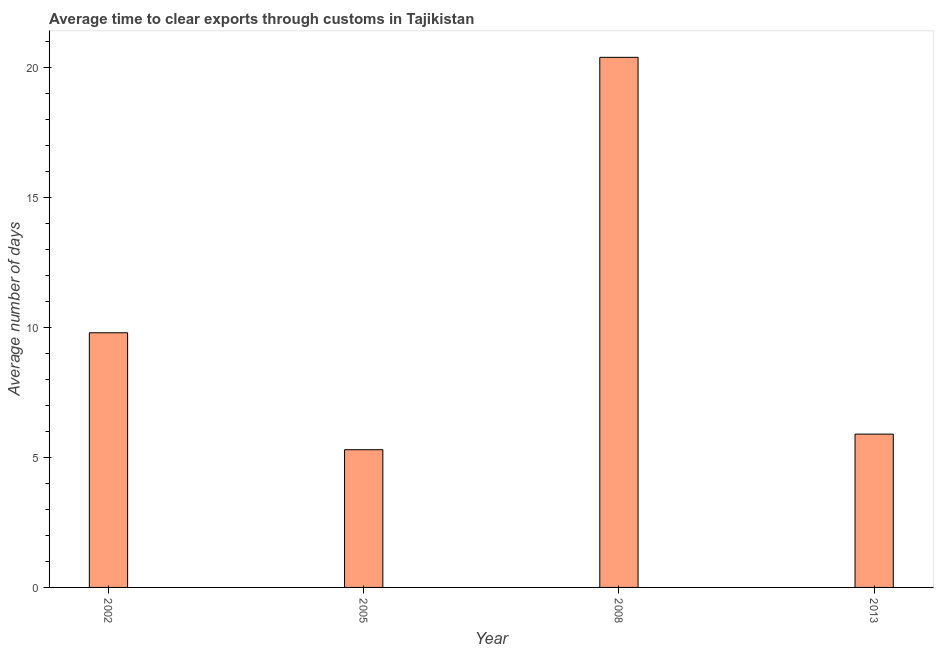
| Year | Time to clear exports through customs |
 | --- | --- |
 | 2002 | 9.8 |
 | 2005 | 5.3 |
 | 2008 | 20.4 |
 | 2013 | 5.9 |